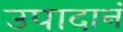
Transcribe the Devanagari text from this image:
उपादानं